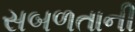
સબળતાની